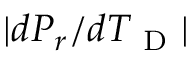
| d P _ { r } / d T _ { \mathrm { ~ D ~ } } |